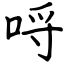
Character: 哷